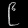
Digit: ၉